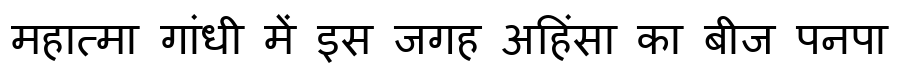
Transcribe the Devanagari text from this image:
महात्मा गांधी में इस जगह अहिंसा का बीज पनपा